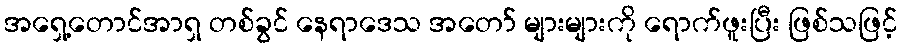
အရှေ့တောင်အာရှ တစ်ခွင် နေရာဒေသ အတော် များများကို ရောက်ဖူးပြီး ဖြစ်သဖြင့်